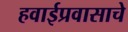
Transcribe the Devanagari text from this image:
हवाईप्रवासाचे